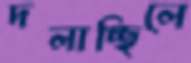
দলাচ্ছিলে